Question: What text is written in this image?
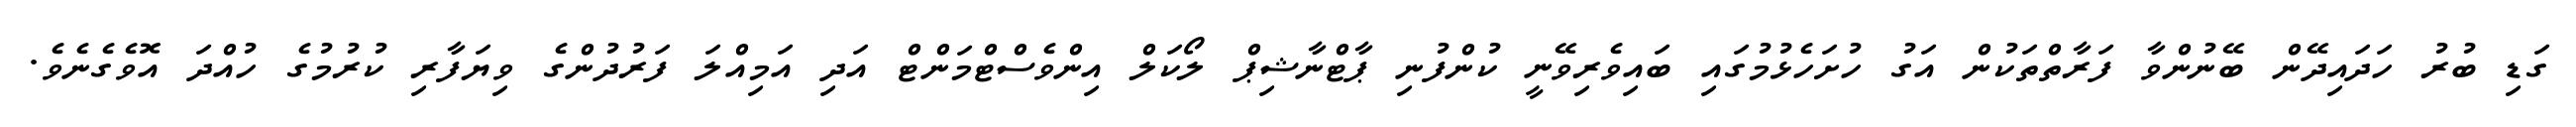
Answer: ގަޑި ބުރު ހަދައިދޭން ބޭނުންވާ ފަރާތްތަކުން އަގު ހުށަހެޅުމުގައި ބައިވެރިވޭނީ ކުންފުނި ޕާޓްނާޝިޕް ލޯކަލް އިންވެސްޓްމަންޓް އަދި އަމިއްލަ ފަރުދުންގެ ވިޔަފާރި ކުރުމުގެ ހުއްދަ އޮވެގެނެވެ.